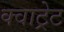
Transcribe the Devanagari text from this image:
क्वाट्रेट